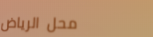
محل الرياض